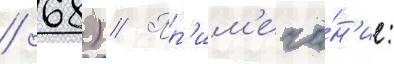
/ 68) // Пр'им'еча́н'ие: